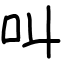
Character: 叫